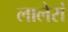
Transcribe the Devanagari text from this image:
लालेरां